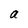
Character: a